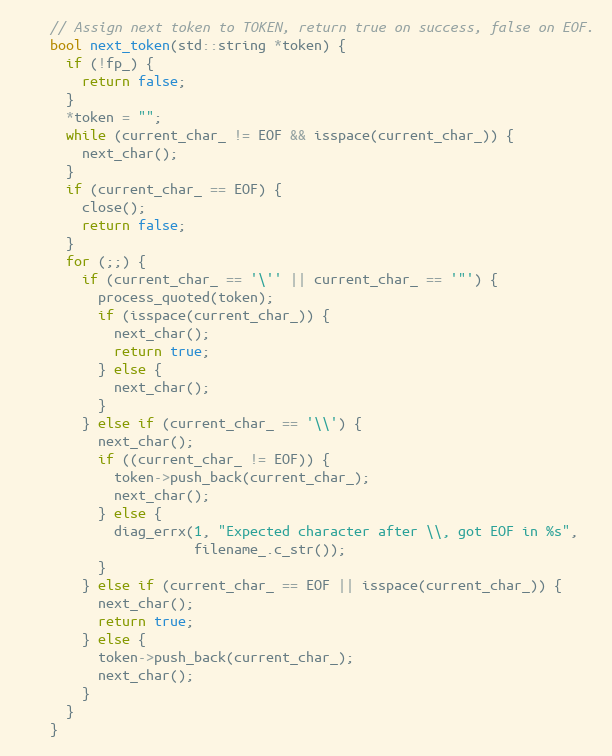
Language: C
    // Assign next token to TOKEN, return true on success, false on EOF.
    bool next_token(std::string *token) {
      if (!fp_) {
        return false;
      }
      *token = "";
      while (current_char_ != EOF && isspace(current_char_)) {
        next_char();
      }
      if (current_char_ == EOF) {
        close();
        return false;
      }
      for (;;) {
        if (current_char_ == '\'' || current_char_ == '"') {
          process_quoted(token);
          if (isspace(current_char_)) {
            next_char();
            return true;
          } else {
            next_char();
          }
        } else if (current_char_ == '\\') {
          next_char();
          if ((current_char_ != EOF)) {
            token->push_back(current_char_);
            next_char();
          } else {
            diag_errx(1, "Expected character after \\, got EOF in %s",
                      filename_.c_str());
          }
        } else if (current_char_ == EOF || isspace(current_char_)) {
          next_char();
          return true;
        } else {
          token->push_back(current_char_);
          next_char();
        }
      }
    }